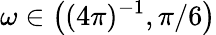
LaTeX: \omega\in\big((4\pi)^{-1},\pi/6\big)